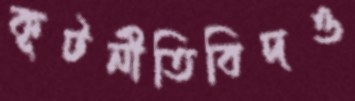
কূটনীতিবিদও